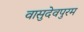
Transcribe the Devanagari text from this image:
वासुदेवपुरम